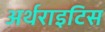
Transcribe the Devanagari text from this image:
अर्थराइटिस